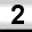
Digit: 2